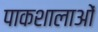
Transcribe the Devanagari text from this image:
पाकशालाओं